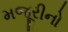
મજૂરીનો